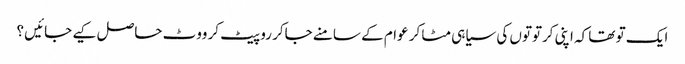
ایک تو تھا کہ اپنی کرتوتوں کی سیاہی مٹا کر عوام کے سامنے جاکر رو پیٹ کر ووٹ حاصل کیے جائیں ؟